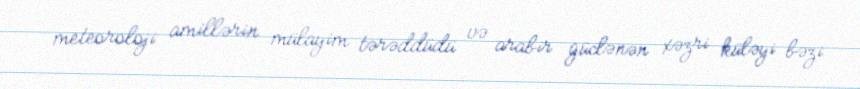
meteoroloji amillərin mülayim tərəddüdü və arabir güclənən xəzri küləyi bəzi